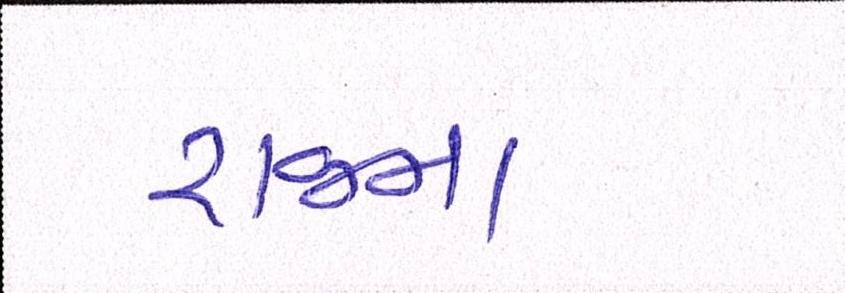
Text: રાજના